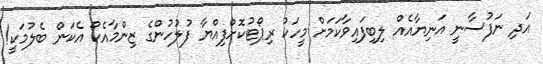
އަދި ނަފުސާނީ އަނިޔާއެއް ލިބިފައިވާކަމަށް މީހަކު ރިޕޯޓުކޮށްފިއްޔާ ފުލުހުންގެ ޒިންމާއެކޯ އެކަން ބެލުމަކީ!